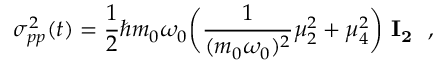
\sigma _ { p p } ^ { 2 } ( t ) = { \frac { 1 } { 2 } } \hbar m _ { 0 } \omega _ { 0 } \biggl ( { \frac { 1 } { ( m _ { 0 } \omega _ { 0 } ) ^ { 2 } } } \mu _ { 2 } ^ { 2 } + \mu _ { 4 } ^ { 2 } \biggr ) \ { \bf I _ { 2 } } \ \ ,